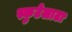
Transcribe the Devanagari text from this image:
स्कुटेलाटा